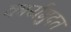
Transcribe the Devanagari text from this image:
कार्यमुदत